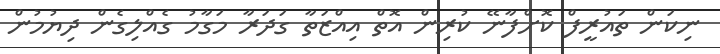
ނިކަން ތައުރީފް ކޮށްފާނޭ ކުރިން އޮތް އިއްޒަތާ ގަދަރާ މަގާމު ގެއްލިގެން ދިޔުމުން